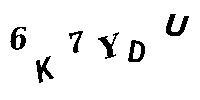
6K7YDU